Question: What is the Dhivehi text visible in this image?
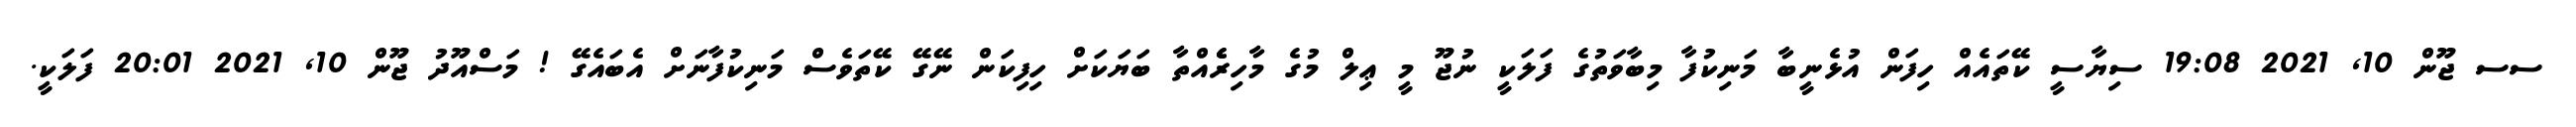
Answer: ސސ ޖޫން 10, 2021 19:08 ސިޔާސީ ކޭތައެއް ހިފަން އުޅެނީބާ މަނިކުފާ މިބާވަތުގެ ފަލަކީ ނުޖޫ މީ ޢިލް މުގެ މާހިރެެއްތާ ބަޔަކަށް ހިފިކަން ނޭގޭ ކޭތަވެސް މަނިކުފާނަށް އެބައެގޭ ! މަސްއޫދު ޖޫން 10, 2021 20:01 ފަލަކީ.